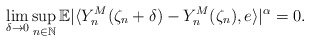
\begin{align*} \lim_{\delta\rightarrow 0}\sup_{n\in\mathbb{N}} \mathbb{E} | \langle Y_n^M(\zeta_n +\delta)-Y_n^M(\zeta_n) , e\rangle |^{\alpha} = 0 . \end{align*}